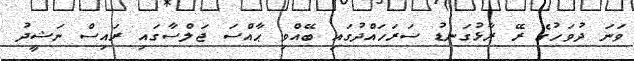
ވަނަ ދުވަހުގެ ރޭ ރާޅުގަނޑު ސަރަހައްދުގައި ބޭއްވި ޙާއްސަ ޖަލްސާގައި ރައިސް ނަޝީދު